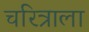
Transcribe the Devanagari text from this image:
चरित्राला